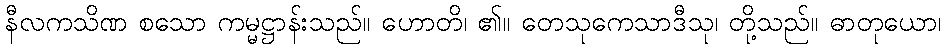
နီလကသိဏ စသော ကမ္မဋ္ဌာန်းသည်။ ဟောတိ၊ ၏။ တေသုကေသာဒီသု၊ တို့သည်။ ဓာတုယော၊